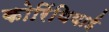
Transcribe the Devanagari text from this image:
कोरिंथियाई